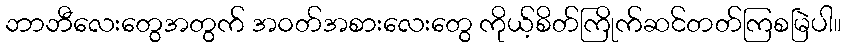
ဘာဘီလေးတွေအတွက် အဝတ်အစားလေးတွေ ကိုယ့်စိတ်ကြိုက်ဆင်တတ်ကြစမြဲပါ။